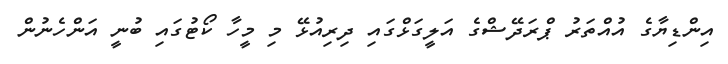
އިންޑިޔާގެ އުއްތަރު ޕްރަދޭޝްގެ އަލީގަޅްގައި ދިރިއުޅޭ މި މީހާ ކޯޓުގައި ބުނީ އަންހެނުން